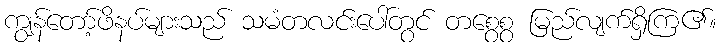
ကျွန်တော့်ဖိနပ်များသည် သမံတလင်းပေါ်တွင် တစွေစွ မြည်လျက်ရှိကြ၏။